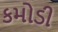
કમોડી